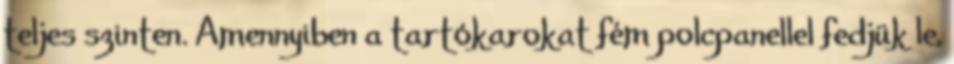
teljes szinten. Amennyiben a tartókarokat fém polcpanellel fedjük le,